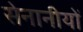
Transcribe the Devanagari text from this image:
सेनानीयों